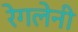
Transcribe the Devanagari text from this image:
रेगलेनी